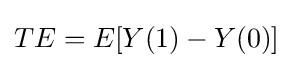
TE=E[Y(1)-Y(0)]